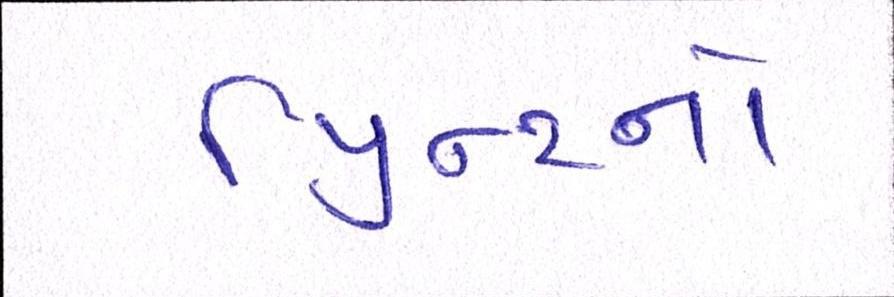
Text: પ્રિન્ટનો